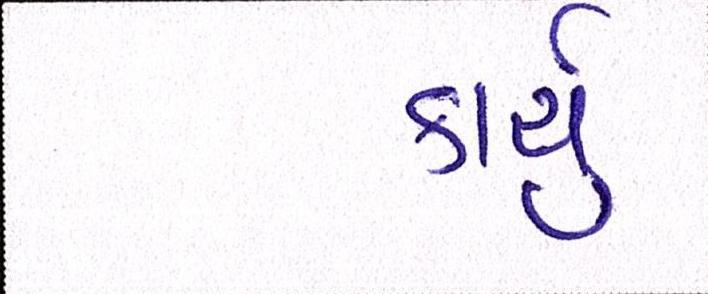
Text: કાર્યું